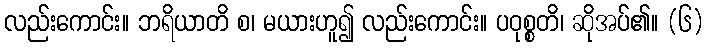
လည်းကောင်း။ ဘရိယာတိ စ၊ မယားဟူ၍ လည်းကောင်း။ ပဝုစ္စတိ၊ ဆိုအပ်၏။ (၆)